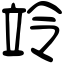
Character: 竛